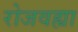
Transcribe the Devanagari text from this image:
रोजवह्या